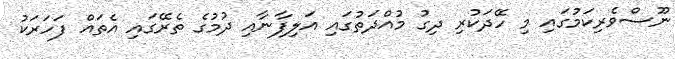
ނޫސްވެރިކަމުގައި މި ހޭދަކުރި ދިގު މުއްދަތުގައި އަލިފާނާއި ދުމުގެ ތެރޭގައި އެތައް ފަހަރަކު